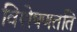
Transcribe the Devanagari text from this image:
विशेषणतति